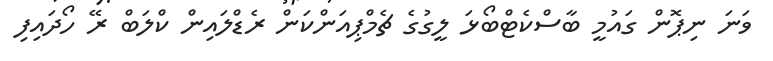
ވަނަ ނިޕޮން ގައުމީ ބާސްކެޓްބޯޅަ ލީގުގެ ޗެމްޕިއަންކަން ރެޑްލައިން ކްލަބް ރޭ ހޯދައިފި